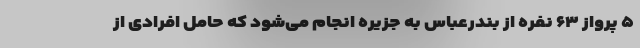
۵ پرواز ۶۳ نفره از بندرعباس به جزیره انجام می‌شود که حامل افرادی از